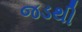
જડથી